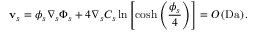
\mathbf { v } _ { s } = \phi _ { s } \nabla _ { s } \Phi _ { s } + 4 \nabla _ { s } C _ { s } \ln \left[ \cosh \left( \frac { \phi _ { s } } { 4 } \right) \right] = O \left( \mathrm { D a } \right) .